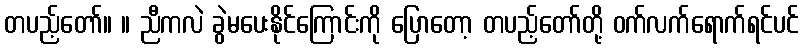
တပည့်တော်။ ။ ညီကလဲ ခွဲမပေးနိုင်ကြောင်းကို ပြောတော့ တပည့်တော်တို့ ဝက်လက်ရောက်ရင်ပင်